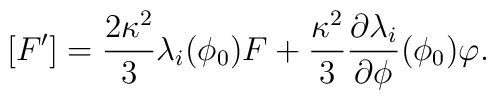
[F']= \frac{2 \kappa^2}{3} \lambda_i (\phi_0)  F + \frac{\kappa^2}{3} \frac{\partial \lambda_i}{\partial \phi}(\phi_0) \varphi .